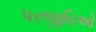
પરજીવિઓ